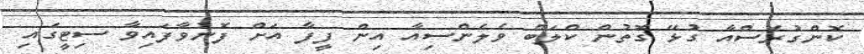
ކޮންގުރެސްއާ ގުޅޭ ގޮތުން ކްލަބް ވެެލެންސިއާ އިން ފީފާ އަށް ފޮނުވާފައިވާ ސިޓީގައި